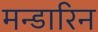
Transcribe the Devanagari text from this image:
मन्डारिन